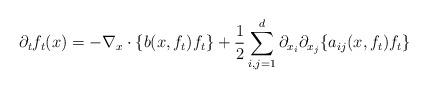
LaTeX: \begin{align*}\label[Ieq]{eq:mckeanvlasov-pde}\partial_t f_t( x ) = -\nabla_x\cdot\{b( x ,f_t)f_t\}+\frac{1}{2}\sum_{i,j=1}^d \partial_{x_i}\partial_{x_j}\{a_{ij}(x,f_t)f_t \} \end{align*}